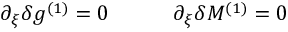
\partial _ { \xi } \delta g ^ { ( 1 ) } = 0 \qquad \quad \partial _ { \xi } \delta M ^ { ( 1 ) } = 0